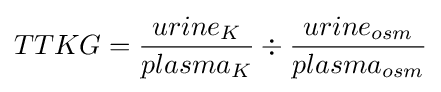
TTKG={\frac {urine_{K}}{plasma_{K}}}\div {\frac {urine_{osm}}{plasma_{osm}}}